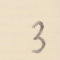
3